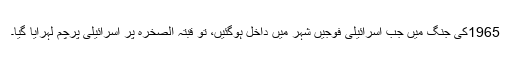
1965کی جنگ میں جب اسرائیلی فوجیں شہر میں داخل ہوگئیں، تو قبتہ الصخرہ پر اسرائیلی پرچم لہرایا گیا۔